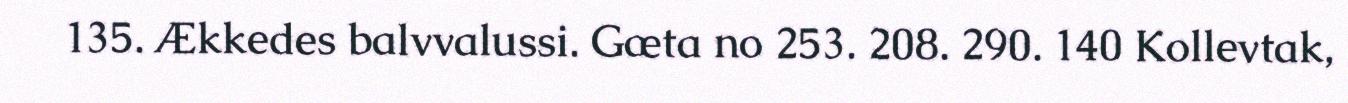
135. Ækkedes balvvalussi. Gæta no 253. 208. 290. 140 Kollevtak,